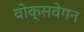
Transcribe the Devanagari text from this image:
वोक्सवेगन